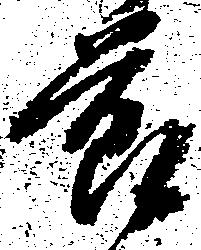
節